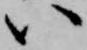
い